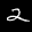
Label: 2